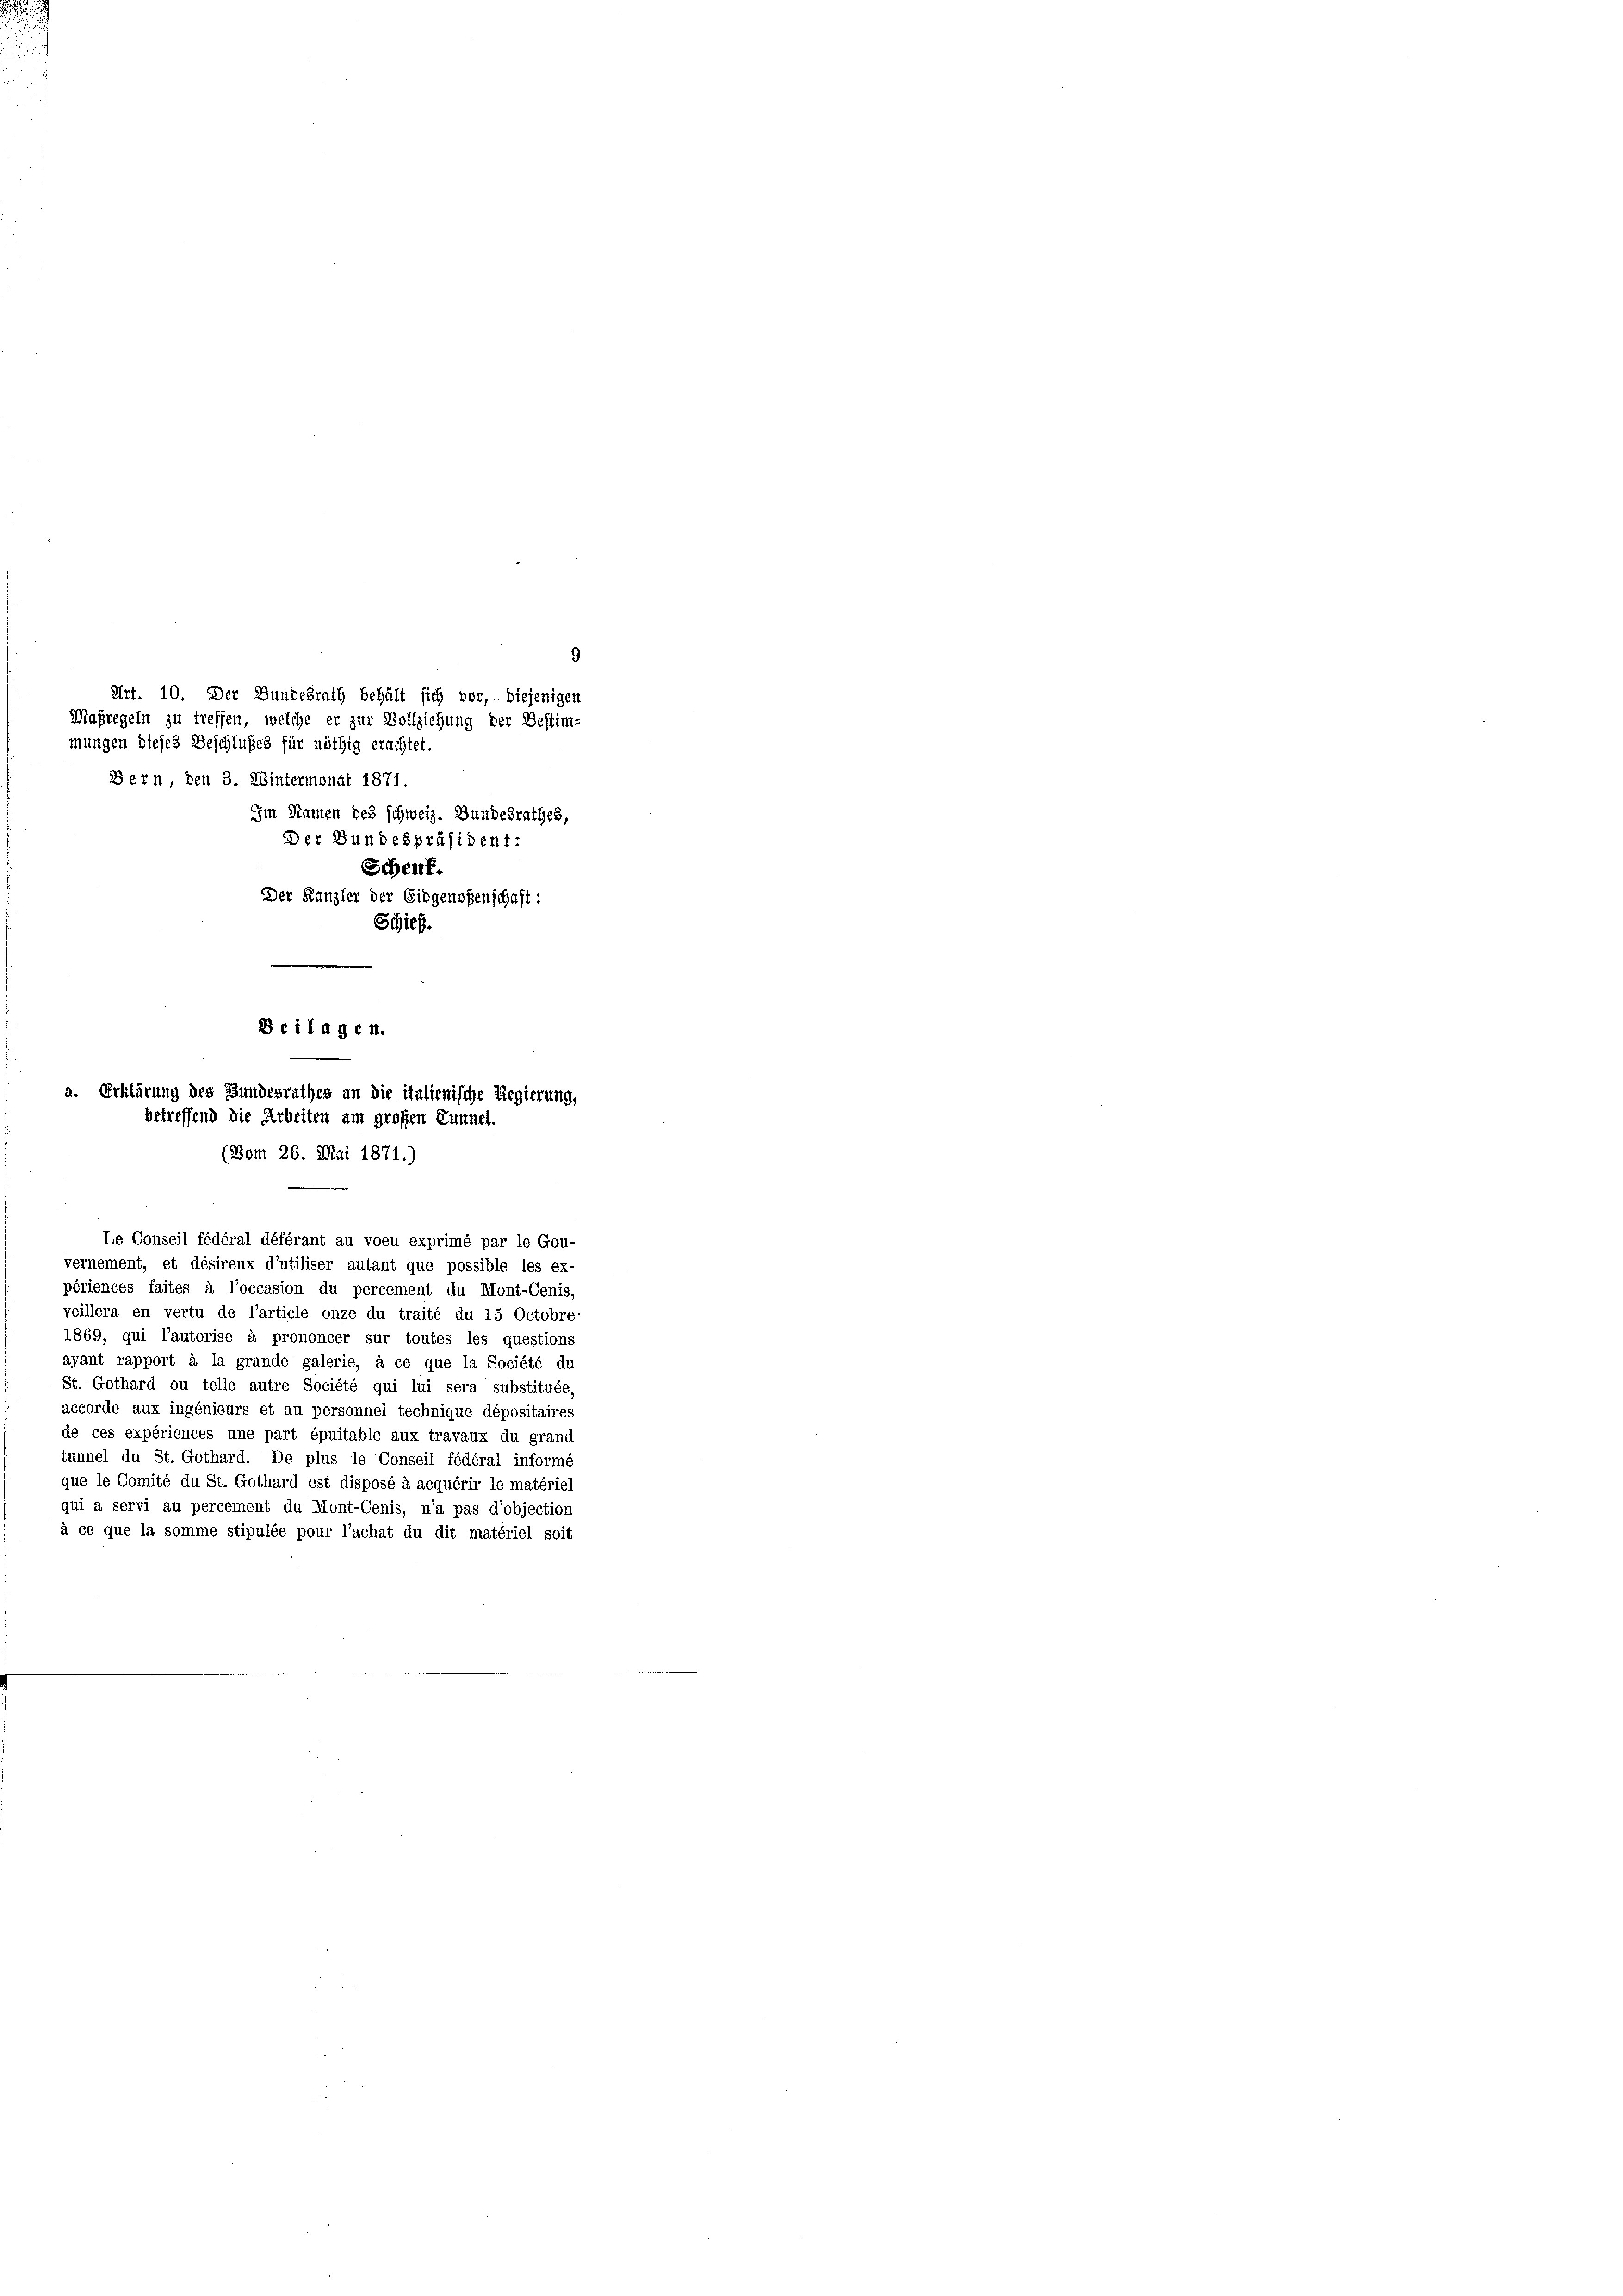
Maßregeln zu treffen, welche er zur Vollziehung der Bestim-
mungen dieses Beschlußes für nöthig erachtet.
Bern, den 3. Wintermonat 1871.
Im Namen des schweiz. Bundesrathes,
Der Bundespräsident:
Schent.
Der Kanzler der Eidgenoßenschaft:
Schieß.

9
Art. 10. Der Bundesrath behält sich vor, diejenigen

Beilagen.
a. Erklärung des Bundesrathes an die italienische Regierung,
betreffend die Arbeiten am großen Dunnel-

(Bom 26. Mai 1871.)
e
Le Conseil fédéral déférant au voeu exprimé par le Gou-
vernement, et désireux d’utiliser autant que possible les ex-

périences faites à l’occasion du percement du Mont-Cenis,
veillera en vertu de l’article onze du traité du 15 Octobre-
1869, qui l’autorise à prononcer sur toutes les questions
ayant rapport à la grande galerie, à ce que la Société du
St. Gothard ou telle autre Société qui lui sera substituée,
accorde aux ingenieurs et au personnel technique dépositaires
de ces expériences une part épuitable aux travaux du grand
tunnel du St. Gothard. De plus le Conseil fédéral informé
que le Comité du St. Gothard est disposé à acquérir le matériel
qui a servi au percement du Mont-Cenis, n’a pas d’objection
à ce que la somme stipulée pour l’achat du dit matériel soit